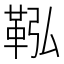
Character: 鞃